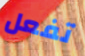
تفعل